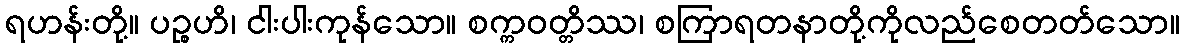
ရဟန်းတို့။ ပဉ္စဟိ၊ ငါးပါးကုန်သော။ စက္ကဝတ္တိဿ၊ စကြာရတနာတို့ကိုလည်စေတတ်သော။